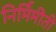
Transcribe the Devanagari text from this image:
निर्मिमीती